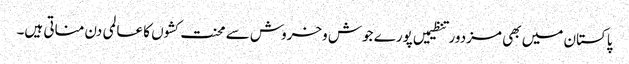
پاکستان میں بھی مزدور تنظیمیں پورے جوش وخروش سے محنت کشوں کا عالمی دن مناتی ہیں۔